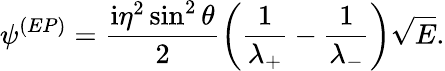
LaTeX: \psi^{(EP)}=\frac{\mathrm{i}\eta^{2}\sin^{2}\theta}{2}\left(\frac{1}{\lambda_{+}}-\frac{1}{\lambda_{-}}\right)\sqrt{E}.